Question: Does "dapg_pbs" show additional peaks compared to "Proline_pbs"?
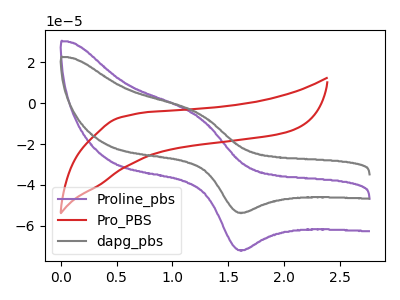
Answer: <think>The purple curve "Proline_pbs" has an anodic peak at (1.25V, -6.80uA) and a cathodic peak at (1.65V, -71.80uA). The red curve "Pro_PBS" has no peaks. The gray curve "dapg_pbs" has an anodic peak at (1.25V, -5.05uA) and a cathodic peak at (1.65V, -53.55uA).
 All the peaks in "dapg_pbs" have a peak in "Proline_pbs" at the same potential.</think>
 <answer>No, "dapg_pbs" and "Proline_pbs" don't appear to be significantly different in shape</answer>
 <eval>no_change</eval>